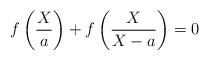
\begin{align*}f\left(\frac{X}{a}\right) + f\left(\frac{X}{X - a}\right) = 0\end{align*}